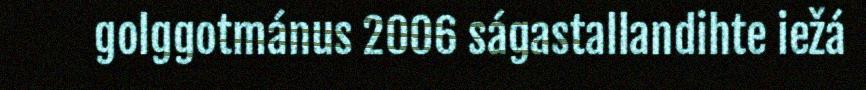
golggotmánus 2006 ságastallandihte iežá